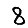
Digit: 8